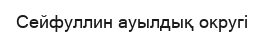
Сейфуллин ауылдық округі